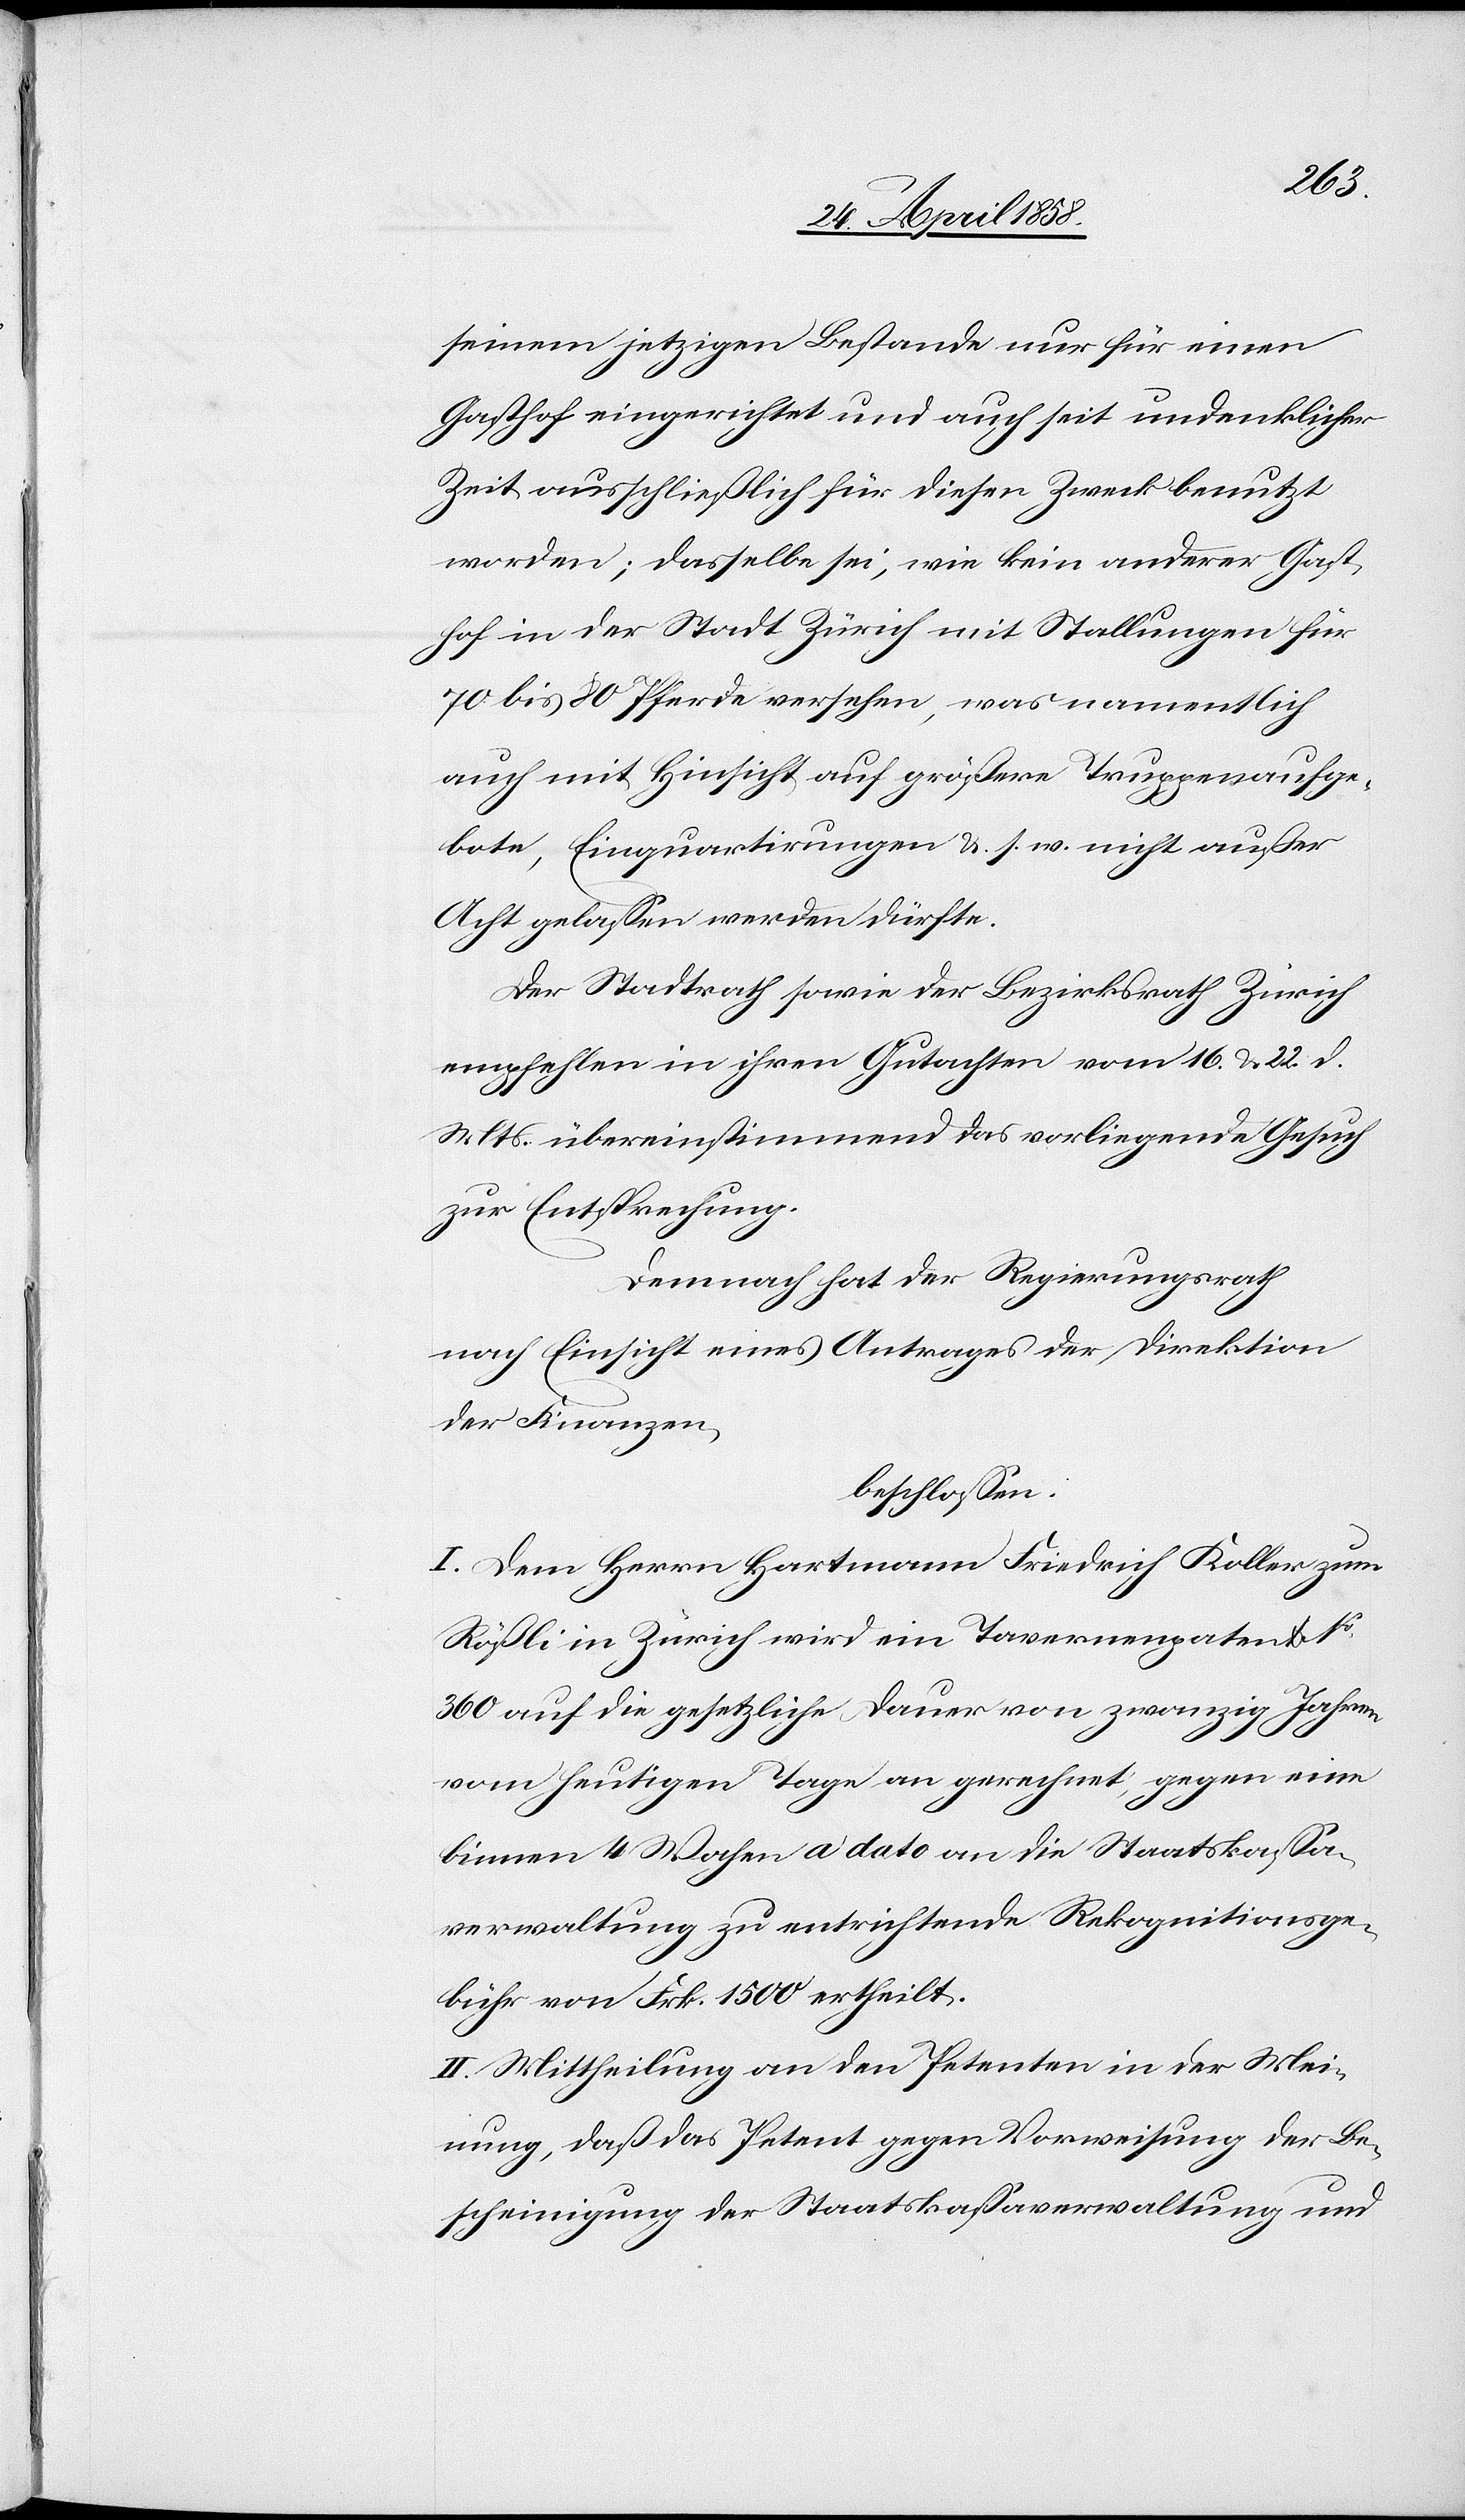
seinem jetzigen Bestande nur für einen
Gasthof eingerichtet und auch seit undenklicher
Zeit ausschließlich für diesen Zweck benutzt
worden, dasselbe sei, wie kein anderer Gast¬
hof in der Stadt Zürich mit Stallungen für
70 bis 80 Pferde versehen, was namentlich
auch mit Hinsicht auf größere Truppenaufge¬
bote, Einquartirungen u. s. w. nicht außer
Acht gelassen werden dürfte.
Der Stadtrath sowie der Bezirksrath Zürich
empfehlen in ihren Gutachten vom 16. u. 22. d.
Mts. übereinstimmend das vorliegende Gesuch
zur Entsprechung.
Demnach hat der Regierungsrath
nach Einsicht eines Antrages der Direktion
der Finanzen,
beschlossen:
I. Dem Herrn Hartmann Friedrich Koller zum
Rößli in Zürich wird ein Tavernenpatent No
360 auf die gesetzliche Dauer von zwanzig Jahren
vom heutigen Tage an gerechnet, gegen eine
binnen 4 Wochen a dato an die Staatskassa¬
verwaltung zu entrichtende Rekognitionsge¬
bühr von Frk. 1500 ertheilt.
II. Mittheilung an den Petenten in der Mei¬
nung, daß das Petent gegen Vorweisung der Be¬
scheinigung der Staatskassaverwaltung und